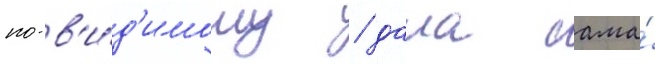
по-в'и́д'имому / дала сама́